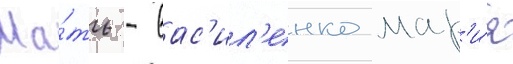
Ма́ть - вас'ил'енко мар'и́я